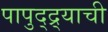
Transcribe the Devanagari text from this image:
पापुद्द्र्याची